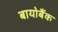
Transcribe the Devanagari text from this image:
बायोबैंक